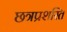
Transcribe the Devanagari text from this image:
छत्रप्रशस्ति